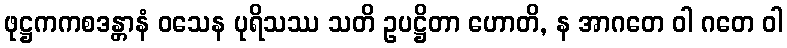
ဖုဋ္ဌကကစဒန္တာနံ ဝသေန ပုရိသဿ သတိ ဥပဋ္ဌိတာ ဟောတိ, န အာဂတေ ဝါ ဂတေ ဝါ